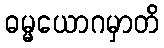
ဓမ္မယောဂမှာတိ